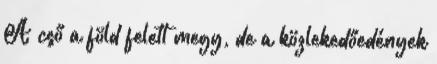
A cső a föld felett megy, de a közlekedőedények